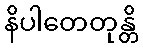
နိပါတေတုန္တိ